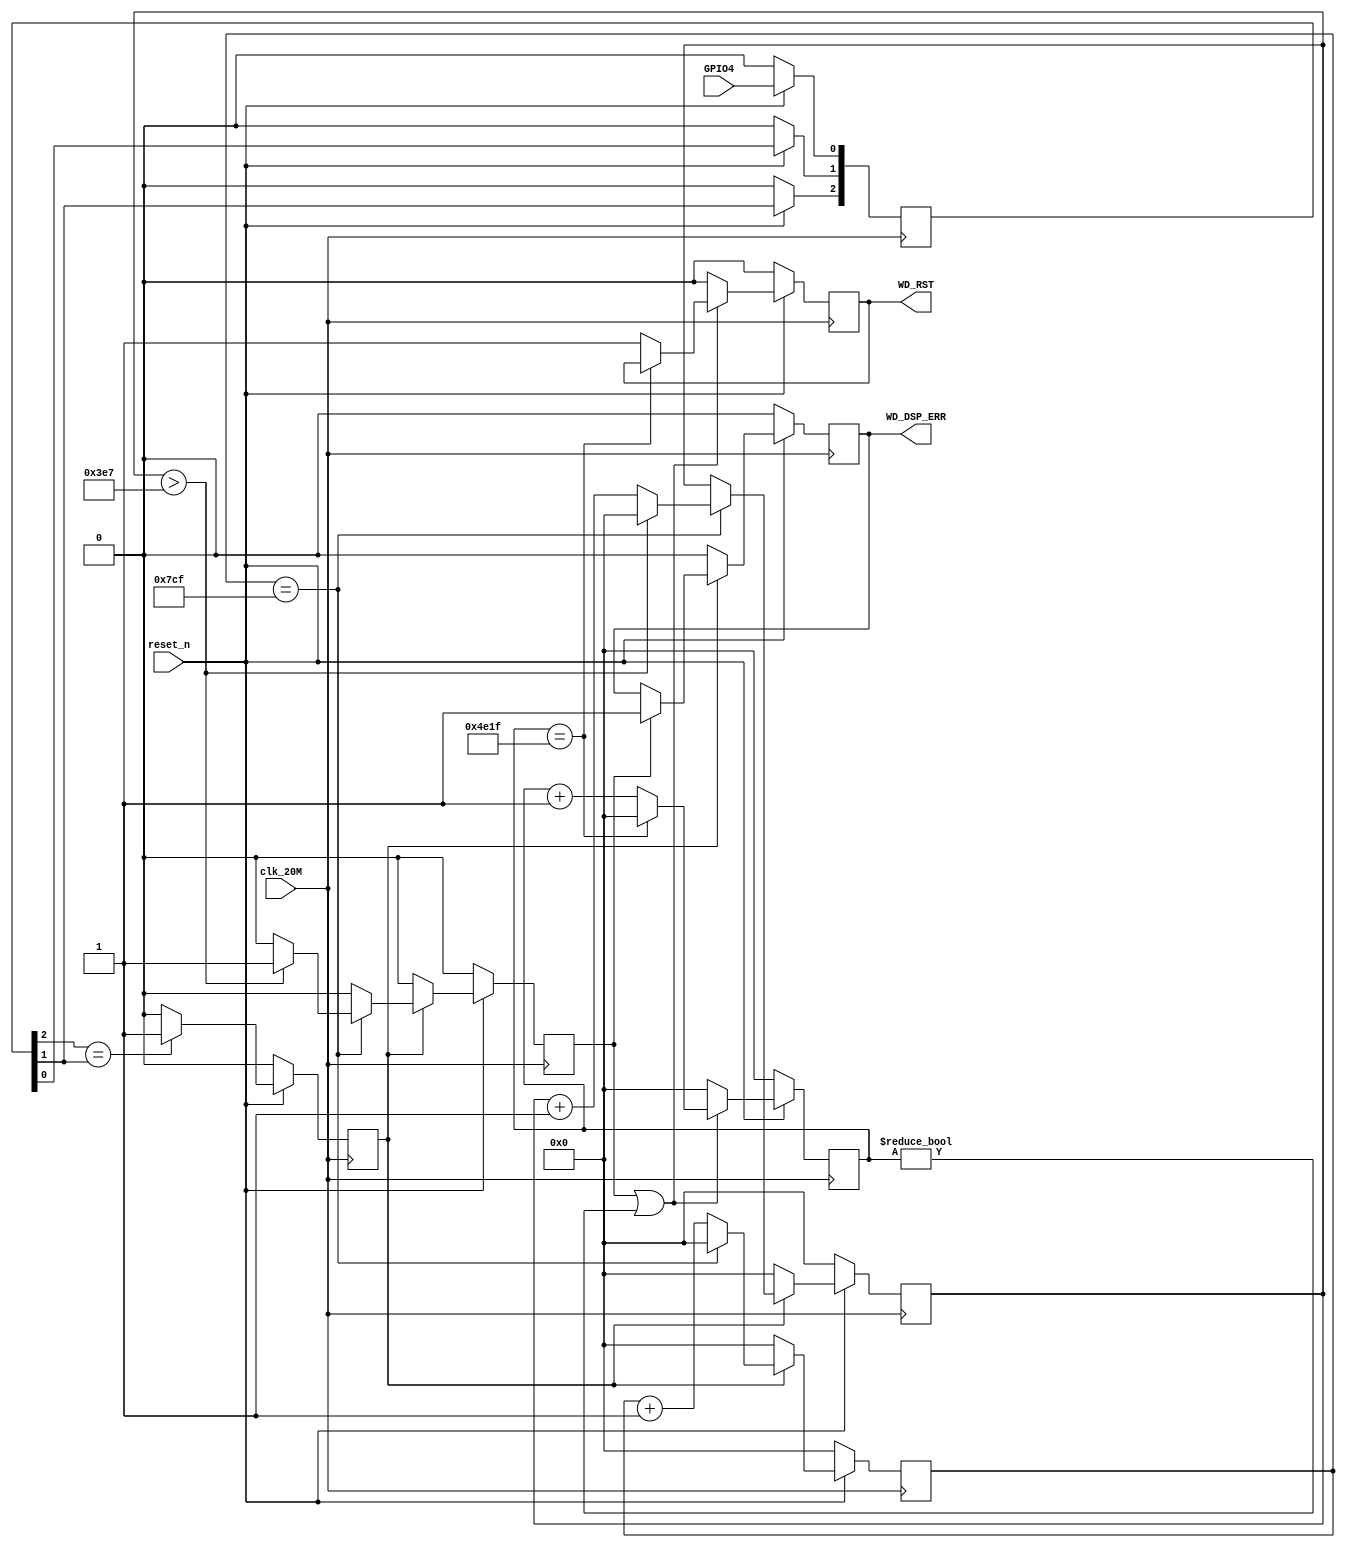
`timescale 1ns / 1ps
//////////////////////////////////////////////////////////////////////////////////
// Company: 
// Engineer: 
// 
// Design Name: 
// Module Name:    DspReset 
// Project Name: 
// Target Devices: 
// Tool versions: 
// Description: 
//
// Dependencies: 
// RST DSP wdi7061M
// Revision: 
// Revision 0.01 - File Created
// Additional Comments: 
//
//////////////////////////////////////////////////////////////////////////////////
module DspReset(reset_n,clk_20M,GPIO4,WD_RST,WD_DSP_ERR);


parameter WatchdogTime1 = 1999; //100us
parameter WatchdogTime2 = 999; //100us1000
parameter ResetTime = 19999; //1ms

input reset_n,clk_20M,GPIO4;
output reg WD_RST,WD_DSP_ERR;

reg [2:0] GPIOreg;
reg wd;
reg [15:0] cnt;
reg [15:0] cnt2;
reg startreset; 
reg [15:0] cnt1; 

always @ (posedge clk_20M)
begin
	if(!reset_n) GPIOreg <= 3'b000;
	else begin
		GPIOreg[2] <= GPIOreg[1];
		GPIOreg[1] <= GPIOreg[0];
		GPIOreg[0] <= GPIO4;
	  end
end

always @ (posedge clk_20M)
begin
	if(!reset_n) wd <= 1'b0;
	else if(GPIOreg[2] == GPIOreg[1]) wd <= 1'b1;
	else wd <= 1'b0;
end

always @ (posedge clk_20M)
begin
	if(!reset_n) begin 
		cnt <= 16'd0;
		cnt2 <= 16'd0;
		startreset <= 1'b0;
	end
	else if(wd) begin
	  if(cnt2 == WatchdogTime1)begin
	    	if(cnt > WatchdogTime2) begin //100us1000
			   startreset <= 1'b1;
				cnt <= 16'd0;//100ms
				cnt2 <= 16'd0;
				end
	      else begin
			   startreset <= 1'b0;
	         cnt <= cnt + 16'd1;
		      cnt2 <= 16'd0;
				end
		end
	  else  begin
	        cnt2 <= cnt2 + 16'd1; 
			  startreset <= 1'b0;
     end			  
   end	  
	else begin 
	   cnt <= 16'd0;
		cnt2 <= 16'd0;
		startreset <= 1'b0;
		end
end
//----------------DSP-----------------
always @ (posedge clk_20M)
begin
   if(!reset_n)begin
		WD_DSP_ERR  <= 1'b0;
	end
   else if (!wd)begin
		WD_DSP_ERR  <= 1'b0;
	end
   else if(startreset==1'b1) begin
	   WD_DSP_ERR  <= 1'b1;
	end
	else begin
	   WD_DSP_ERR  <= WD_DSP_ERR;
	end
end
//--------------------FPGADSP------------
always @ (posedge clk_20M)
begin
	if(!reset_n) begin
		WD_RST <= 1'b0;
		cnt1  <= 16'd0;
	  end
	else if((startreset==1'b1) || (cnt1 != 16'd0)) begin
		if(cnt1 == ResetTime) begin
			cnt1  <= 16'd0;
		  end
		else begin
		  cnt1  <= cnt1 + 16'd1;
		  WD_RST <= 1'b1;
		  end
	  end
	else begin
		WD_RST <= 1'b0;
		cnt1  <= 16'd0;
	  end
end
//-----------------------------
//wire [35:0]ILAControl;
//wire [79:0]data_chipscp; 
//assign data_chipscp[15:0] = {13'd0,WD_RST,WD_DSP_ERR,GPIO4};
//assign data_chipscp [31:16] = cnt;
//assign data_chipscp [47:32] =cnt2;
////assign data_chipscp [63:48] =dsp_addr;
////assign data_chipscp [79:64] =dsp_dout;
//
//new_icon svg_icon ( 
//     .CONTROL0            ( ILAControl) 
//); 
//
//new_ila svg_ila ( 
//     .CONTROL            ( ILAControl), 
//     .CLK                ( clk_20M), 
//     .DATA               ( data_chipscp), 
//     .TRIG0              ( WD_DSP_ERR ), 
//	  .TRIG1              ( startreset ),
//	  .TRIG2              ( GPIO4 ),
//	  .TRIG3              (  )
//);
endmodule